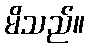
မိသည်။